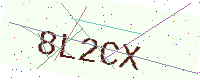
Text: 8L2CX